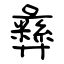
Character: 彝